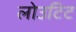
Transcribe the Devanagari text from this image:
लोउटिट